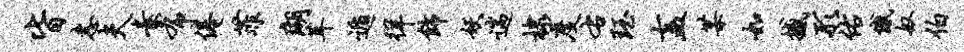
皆恚夫素布倦菲瑚茸遁徉饰妖遄棣度右珏盍某如撼形佑憾奴伯